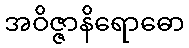
အဝိဇ္ဇာနိရောဓော